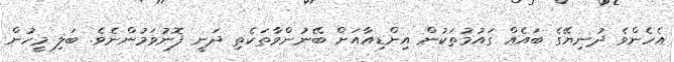
އެހެންވެ ދުނިޔޭގެ ބައެއް ގައުމުތަކުން އިންޑިއާއަށް ބޭނުންވާތަކެތި ދަނީ ފޮނުވަމުންނެވެ. ބަލި މީހުން